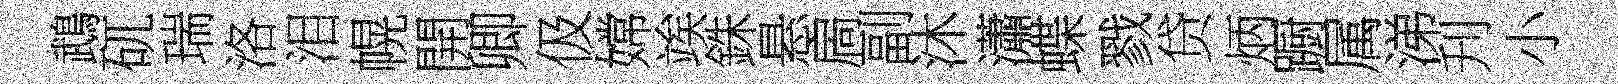
鵡矹瑞洛泪幌開卿伋嫦竢銖悬扄副沐瀟蝶戮贷炳蹰属涕刋小